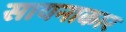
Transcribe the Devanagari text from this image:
सायनाकार